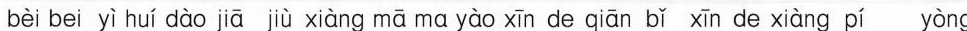
bèi bei yì huí dào jiā jù xiàng mā mα yào xīn de qiān bǐ xīn de xiàng pí yòng